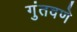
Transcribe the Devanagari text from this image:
गुंतवणे